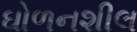
ઘોળનશીલ